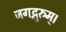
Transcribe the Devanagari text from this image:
जगद्गुरुम्।